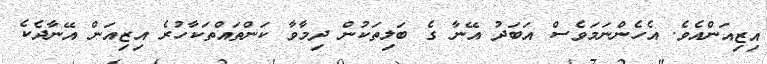
އިޒިއަންއެވެ. އެހެންނަމަވެސް އަބަދު އޭނާ ގެ ބަލިތަކުން ދިމާވާ ކަންތައްތަކާހުރެ އިޒިއަން އޭނާދެކެ